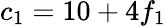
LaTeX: c_{1}=10+4f_{1}